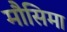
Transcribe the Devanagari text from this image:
मौसिमा